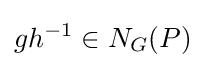
gh^{-1}\in N_{G}(P)